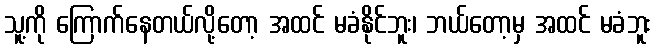
သူ့ကို ကြောက်နေတယ်လို့တော့ အထင် မခံနိုင်ဘူး၊ ဘယ်တော့မှ အထင် မခံဘူး